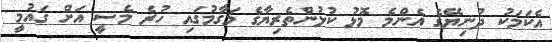
އެކަމަކު ދުނިޔޭގެ އެންމެ މޮޅު ކުޅުންތެރިޔާގެ މަގާމުގައި ހުރެ މެސީ އަށް ގައުމީ